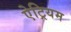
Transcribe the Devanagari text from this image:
ऐट्रियम